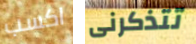
اكسب تتذكرنى